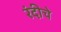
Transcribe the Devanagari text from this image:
रंदीचे